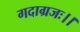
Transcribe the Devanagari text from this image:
गदाग्रजः।।